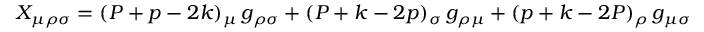
X _ { \mu \rho \sigma } = ( P + p - 2 k ) _ { \mu } \, g _ { \rho \sigma } + ( P + k - 2 p ) _ { \sigma } \, g _ { \rho \mu } + ( p + k - 2 P ) _ { \rho } \, g _ { \mu \sigma }